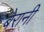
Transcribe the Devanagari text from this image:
बेरानी